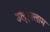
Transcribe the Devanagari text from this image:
उल्‌इस्लाम